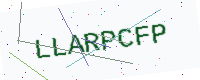
Text: LLARPCFP